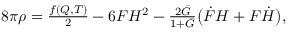
\begin{array} { r } { 8 \pi \rho = \frac { f ( Q , T ) } { 2 } - 6 F H ^ { 2 } - \frac { 2 \bar { G } } { 1 + \bar { G } } \big ( \dot { F } H + F \dot { H } \big ) , } \end{array}